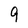
Character: 9